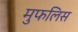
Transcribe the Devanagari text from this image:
मुफलिस